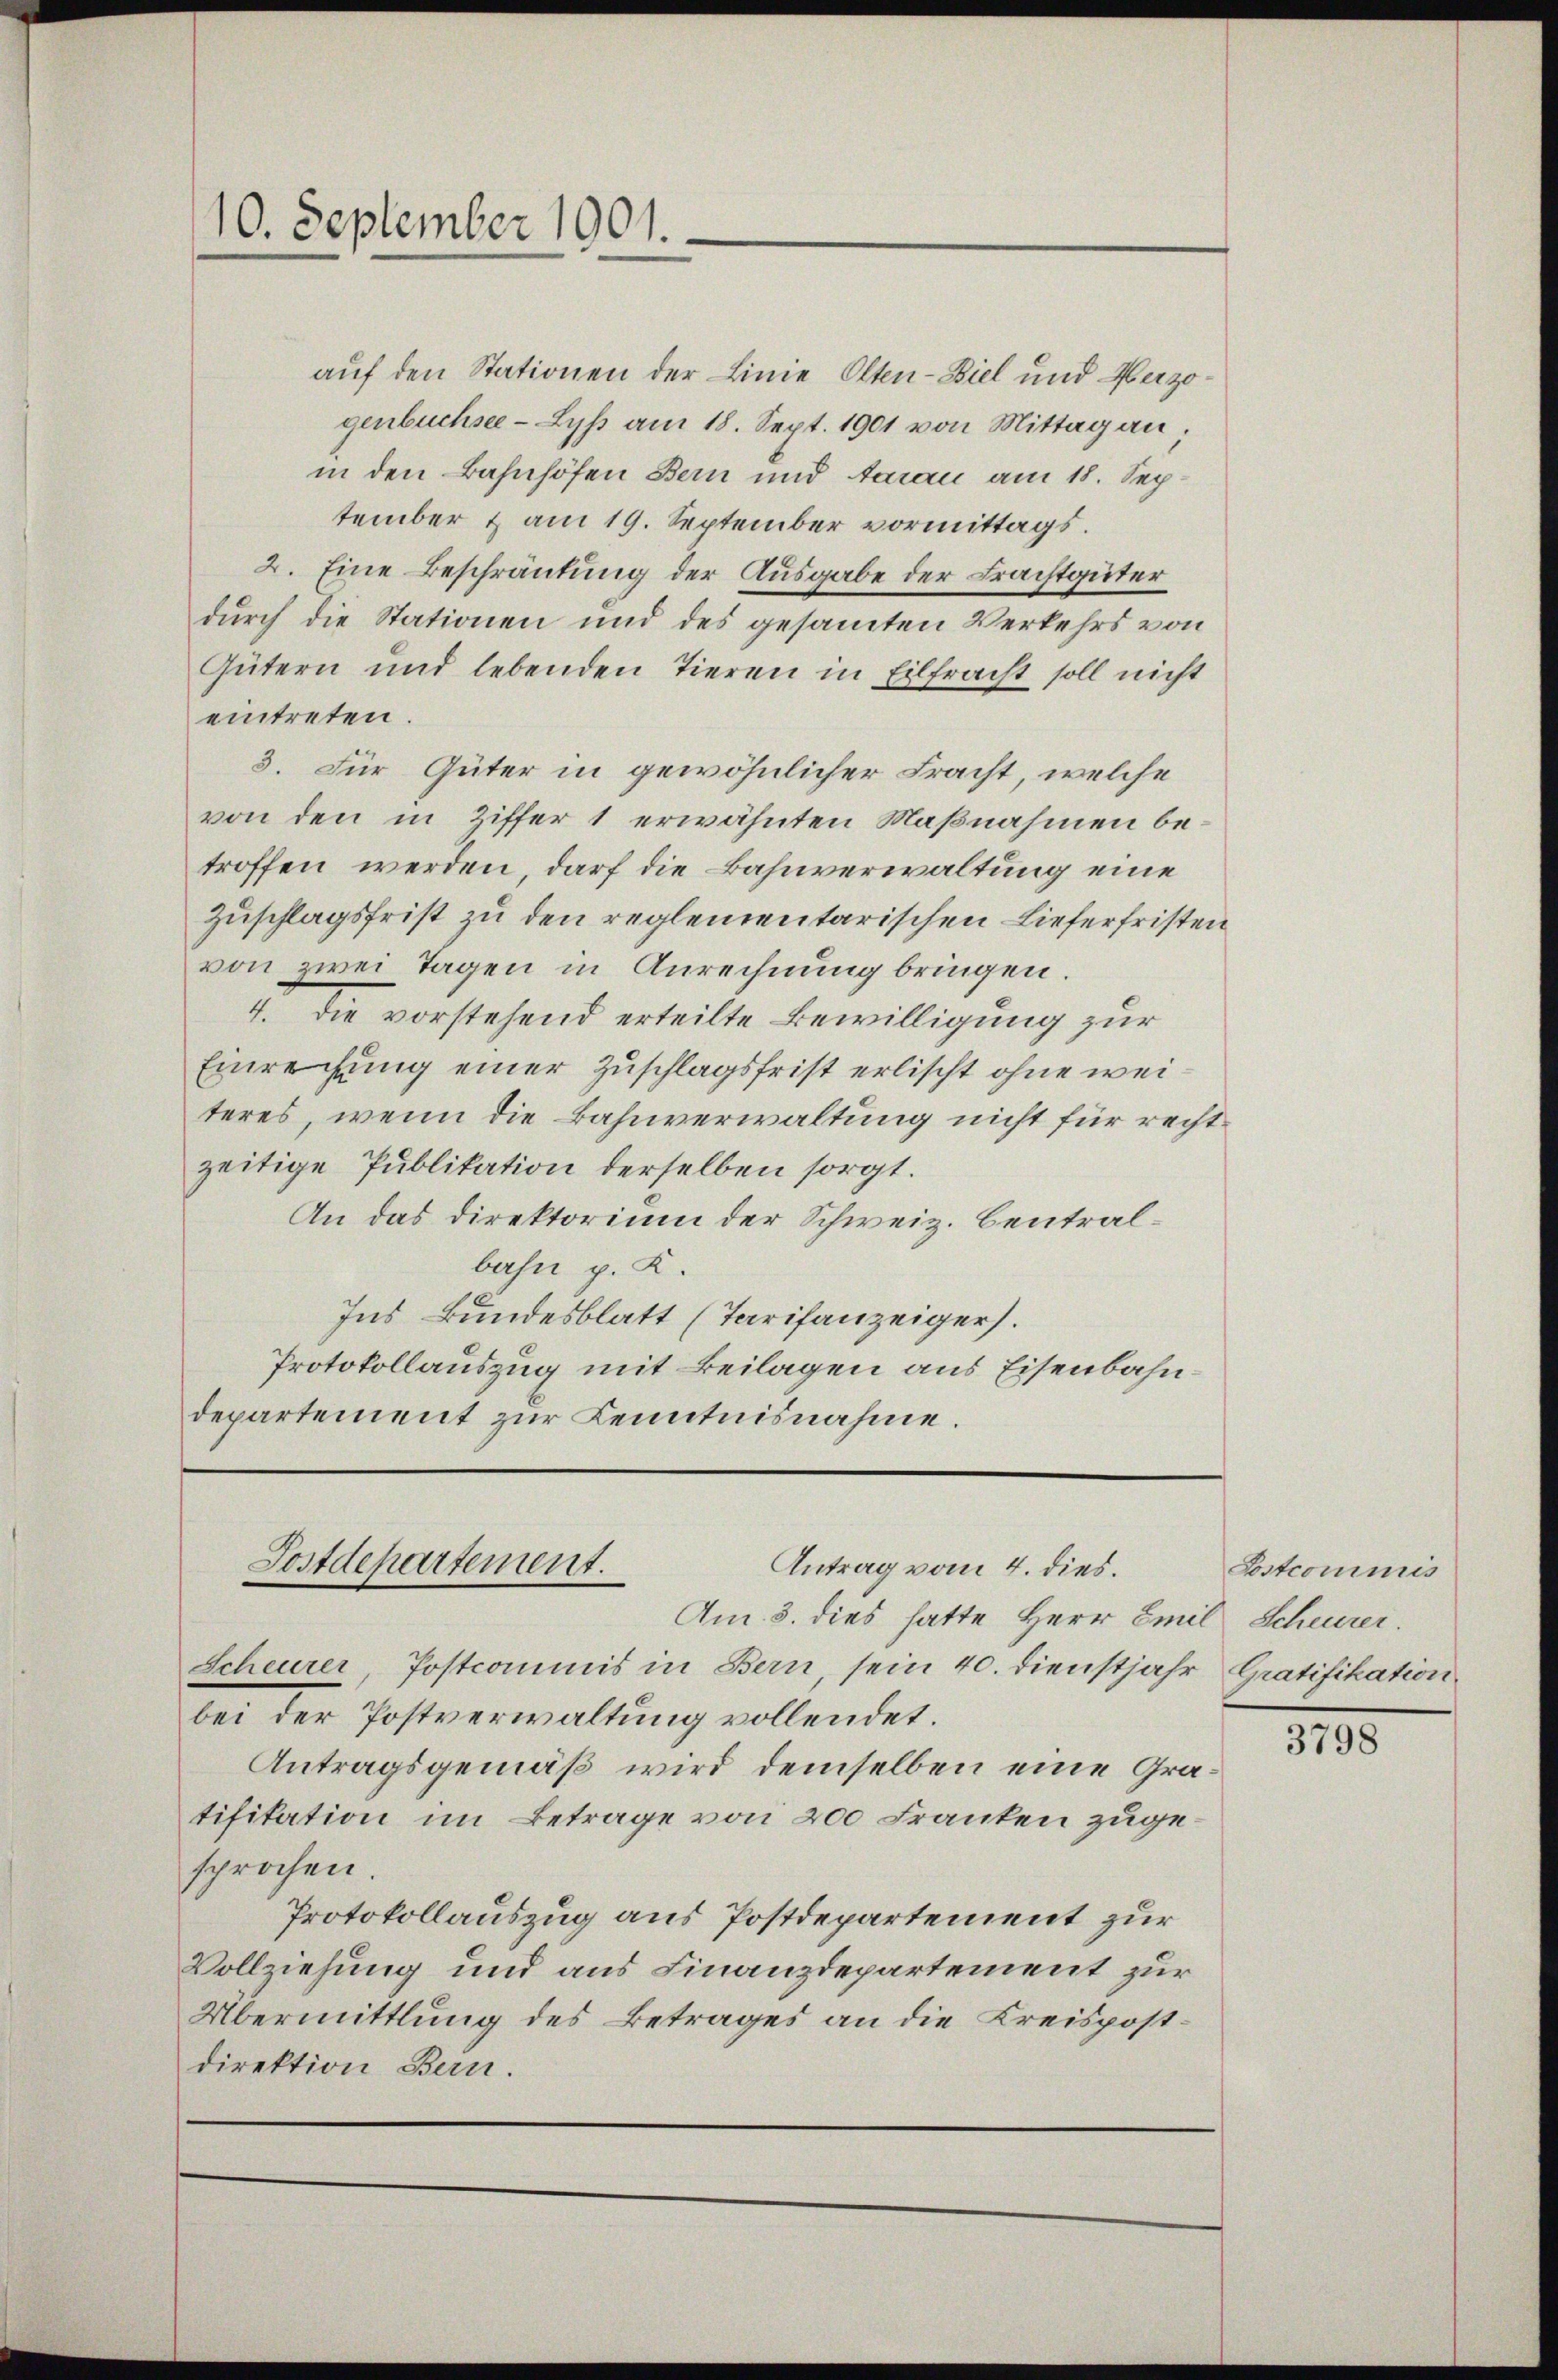
10. September 1901.

auf den Stationen der Linie Otten-Biel und Herzogenbüchsee - Lyß am 18. Sept. 1901 von Mittag an
in den Bahnhöfen Bern und Aarau am 18. September & am 19. September vormittags.
2. Eine Beschränkung der Ausgabe der Frachtgüter
durch die Stationen und des gesammten Verkehrs von
Gütern und lebenden Tieren in Eilfracht soll nicht
eintreten.
3. Für Güter in gewöhnlicher Fracht, welche
von den in Ziffer 1 erwähnten Maßnahmen betroffen werden, darf die Bahnverwaltung eine
Zuschlagsfrist zu den reglementarischen Lieferfristen
von zwei Tagen in Anrechnung bringen.
4. die vorstehend erteilte Bewilligung zur
Einrechung einer Zuschlagsfrist erlischt ohne weiteres, wenn die Bahnverwaltung nicht für rechtzeitige Publikation derselben sorgt.
An das Direktorium der Schweiz. Centralbahn p. K.
Ins Bundesblatt (Tarifanzeigers.
Protokollauszug mit Beilagen aus Eisenbahndepartement zur Kenntnisnahme.

Antrag vom 4. dies.
Postdepartement.

Am 3. dies hatte Herr Emil Scheurer.
Scheurer, Postcommis in Bern, sein 40. Dienstjahr Gratifikation
bei der Postverwaltung vollendet.
Antragsgemäß wird demselben eine Gratifikation im Betrage von 200 Franken zugesprochen
Protokollauszug aus Postdepartement zur
Vollziehung und aus Finanzdepartement zur
Übermittlung des Betrages an die Kreispostdirektion Bern.

Postcommis

3798